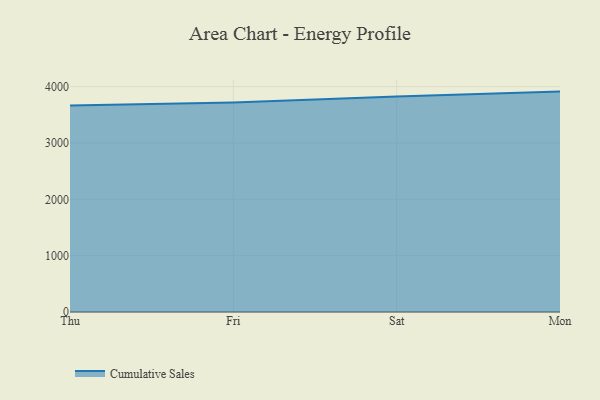
{"axis": {"x": "Day", "y": "Market Share (%)"}, "legend": ["Cumulative Sales"], "data": [{"x": "Thu", "y": 3664.5, "type": "Cumulative Sales"}, {"x": "Fri", "y": 3718.0, "type": "Cumulative Sales"}, {"x": "Sat", "y": 3826.3, "type": "Cumulative Sales"}, {"x": "Mon", "y": 3911.7, "type": "Cumulative Sales"}]}